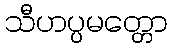
သီဟပ္ပမတ္တော